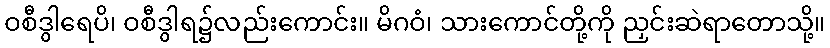
ဝစီဒွါရေပိ၊ ဝစီဒွါရ၌လည်းကောင်း။ မိဂဝံ၊ သားကောင်တို့ကို ညှင်းဆဲရာတောသို့။